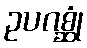
ဥပဂစ္ဆုံ